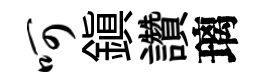
呵鎮讚璃